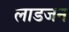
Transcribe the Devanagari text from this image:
लाडजन